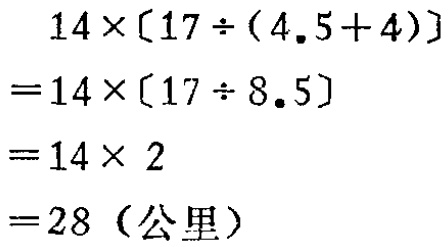
\[

\begin{align*}

&14\times[17\div(4.5 + 4)]\\

=&14\times[17\div8.5]\\

=&14\times2\\

=&28 \text{（公里）}

\end{align*}

\]